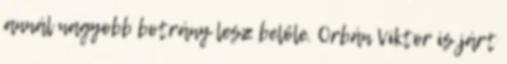
annál nagyobb botrány lesz belőle. Orbán Viktor is járt